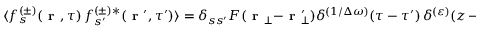
\langle f _ { s } ^ { ( \pm ) } \! \left( \textbf { r } , \tau \right) f _ { s ^ { \prime } } ^ { ( \pm ) * } \! \left( \textbf { r } ^ { \prime } , \tau ^ { \prime } \right) \rangle = \delta _ { s s ^ { \prime } } F ( \textbf { r } _ { \bot } - \textbf { r } _ { \bot } ^ { \prime } ) \delta ^ { ( 1 / \Delta \omega ) } \! \left( \tau - \tau ^ { \prime } \right) \delta ^ { ( \varepsilon ) } \! \left( z - z ^ { \prime } + c \left( \tau - \tau ^ { \prime } \right) \right) .